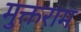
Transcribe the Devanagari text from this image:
मुक्तराम